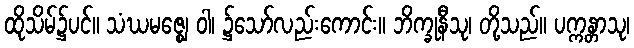
ထိုသိမ်၌ပင်။ သံဃမဇ္ဈေ ဝါ၊ ၌သော်လည်းကောင်း။ ဘိက္ခုနီသု၊ တို့သည်။ ပက္ကန္တာသု၊